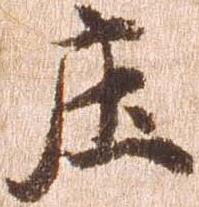
庄